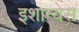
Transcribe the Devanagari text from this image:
इशान्येस